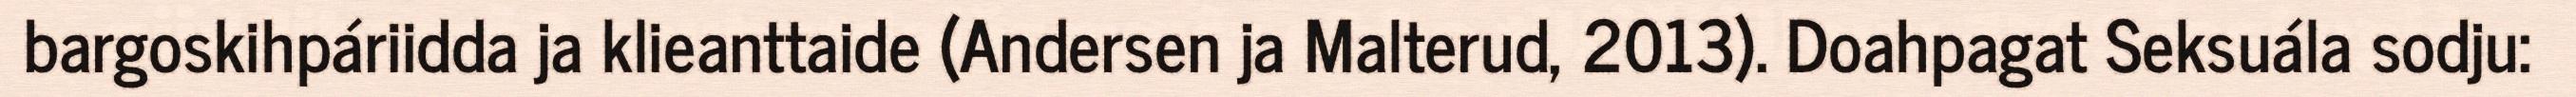
bargoskihpáriidda ja klieanttaide (Andersen ja Malterud, 2013). Doahpagat Seksuála sodju: